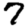
Digit: 7